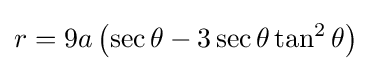
r=9a\left(\sec \theta -3\sec \theta \tan ^{2}\theta \right)